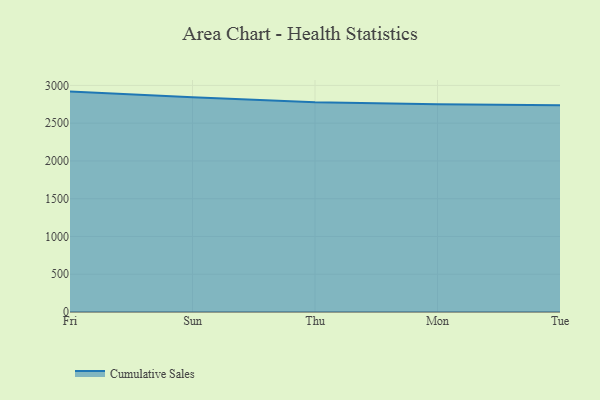
{"axis": {"x": "Day", "y": "Latency (ms)"}, "legend": ["Cumulative Sales"], "data": [{"x": "Fri", "y": 2918.2, "type": "Cumulative Sales"}, {"x": "Sun", "y": 2842.4, "type": "Cumulative Sales"}, {"x": "Thu", "y": 2777.5, "type": "Cumulative Sales"}, {"x": "Mon", "y": 2750.3, "type": "Cumulative Sales"}, {"x": "Tue", "y": 2738.0, "type": "Cumulative Sales"}]}